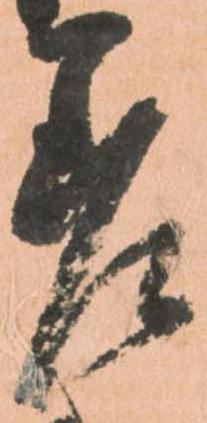
差